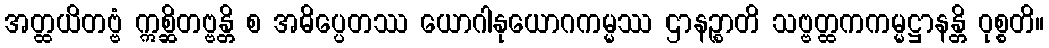
အတ္ထယိတဗ္ဗံ ဣစ္ဆိတဗ္ဗန္တိ စ အဓိပ္ပေတဿ ယောဂါနုယောဂကမ္မဿ ဌာနဉ္စာတိ သဗ္ဗတ္ထကကမ္မဋ္ဌာနန္တိ ဝုစ္စတိ။